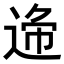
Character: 𨓝